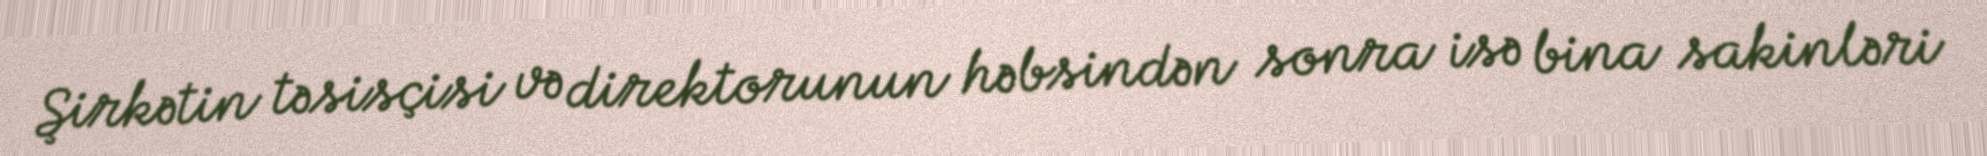
Şirkətin təsisçisi və direktorunun həbsindən sonra isə bina sakinləri